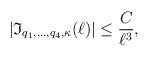
\begin{align*}|\mathfrak{I}_{q_1,\ldots, q_4, \kappa}(\ell)|\leq \frac{C}{\ell^ {3}},\end{align*}